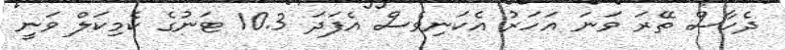
ދެހާސް ތޭރަ ވަނަ އަހަރު އެކަނިވެސް އެފަދަ 10.3 ޓަނުގެ ކެމިކަލް ވަނީ